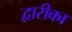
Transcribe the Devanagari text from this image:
द्वारीका